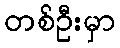
တစ်ဦးမှာ